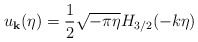
\begin{align*}u_{\bf k} (\eta) = \frac{1}{2} \sqrt{-\pi \eta} H_{3/2} (- k \eta)\end{align*}